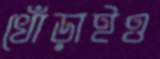
খোঁড়াইও